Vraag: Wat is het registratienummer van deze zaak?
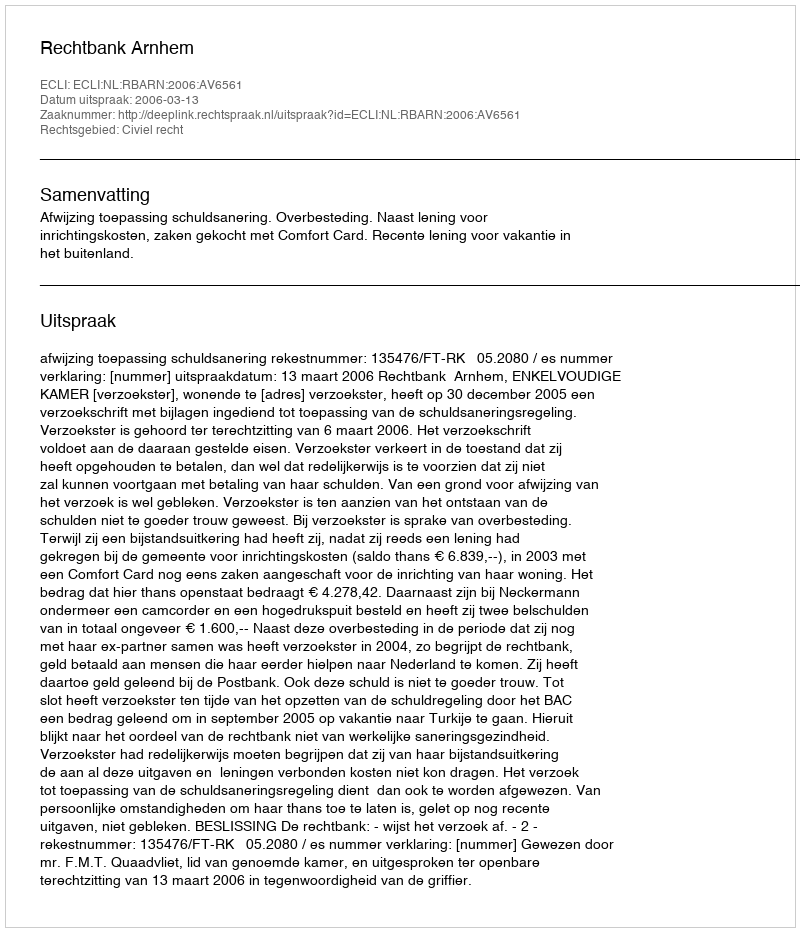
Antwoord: http://deeplink.rechtspraak.nl/uitspraak?id=ECLI:NL:RBARN:2006:AV6561